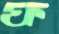
ফ